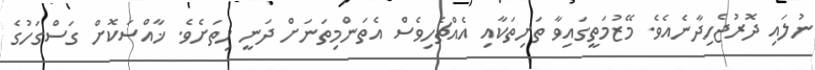
ނުލައި ދޮރުޖެހިދާނެއެވެ. މޭޒުމަތީގައިވާ ތަށިތަކާއި އެއްޗެހިވެސް އެތަންމިތަނަށް ދަނީ ހިތަށެވެ. ޚާއްސަކޮށް ގަސްގަހުގެ